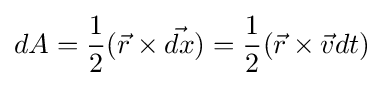
dA={\frac {1}{2}}({\vec {r}}\times {\vec {dx}})={\frac {1}{2}}({\vec {r}}\times {\vec {v}}dt)